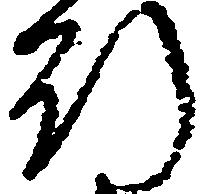
行